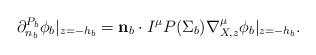
LaTeX: \begin{align*}\partial_{n_{b}}^{P_b} \phi_b|_{z=-h_b} = \mathbf{n}_b \cdot I^{\mu} P(\Sigma_b) \nabla^{\mu}_{X,z} \phi_b|_{z=-h_b}.\end{align*}